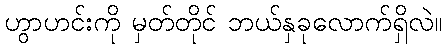
ဟွာဟင်းကို မှတ်တိုင် ဘယ်နှခုလောက်ရှိလဲ။